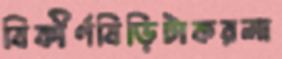
বিকীর্ণবিড়িটাকরলা